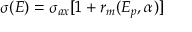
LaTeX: \sigma ( E ) = \sigma _ { a x } [ 1 + r _ { m } ( E _ { p } , \alpha ) ]